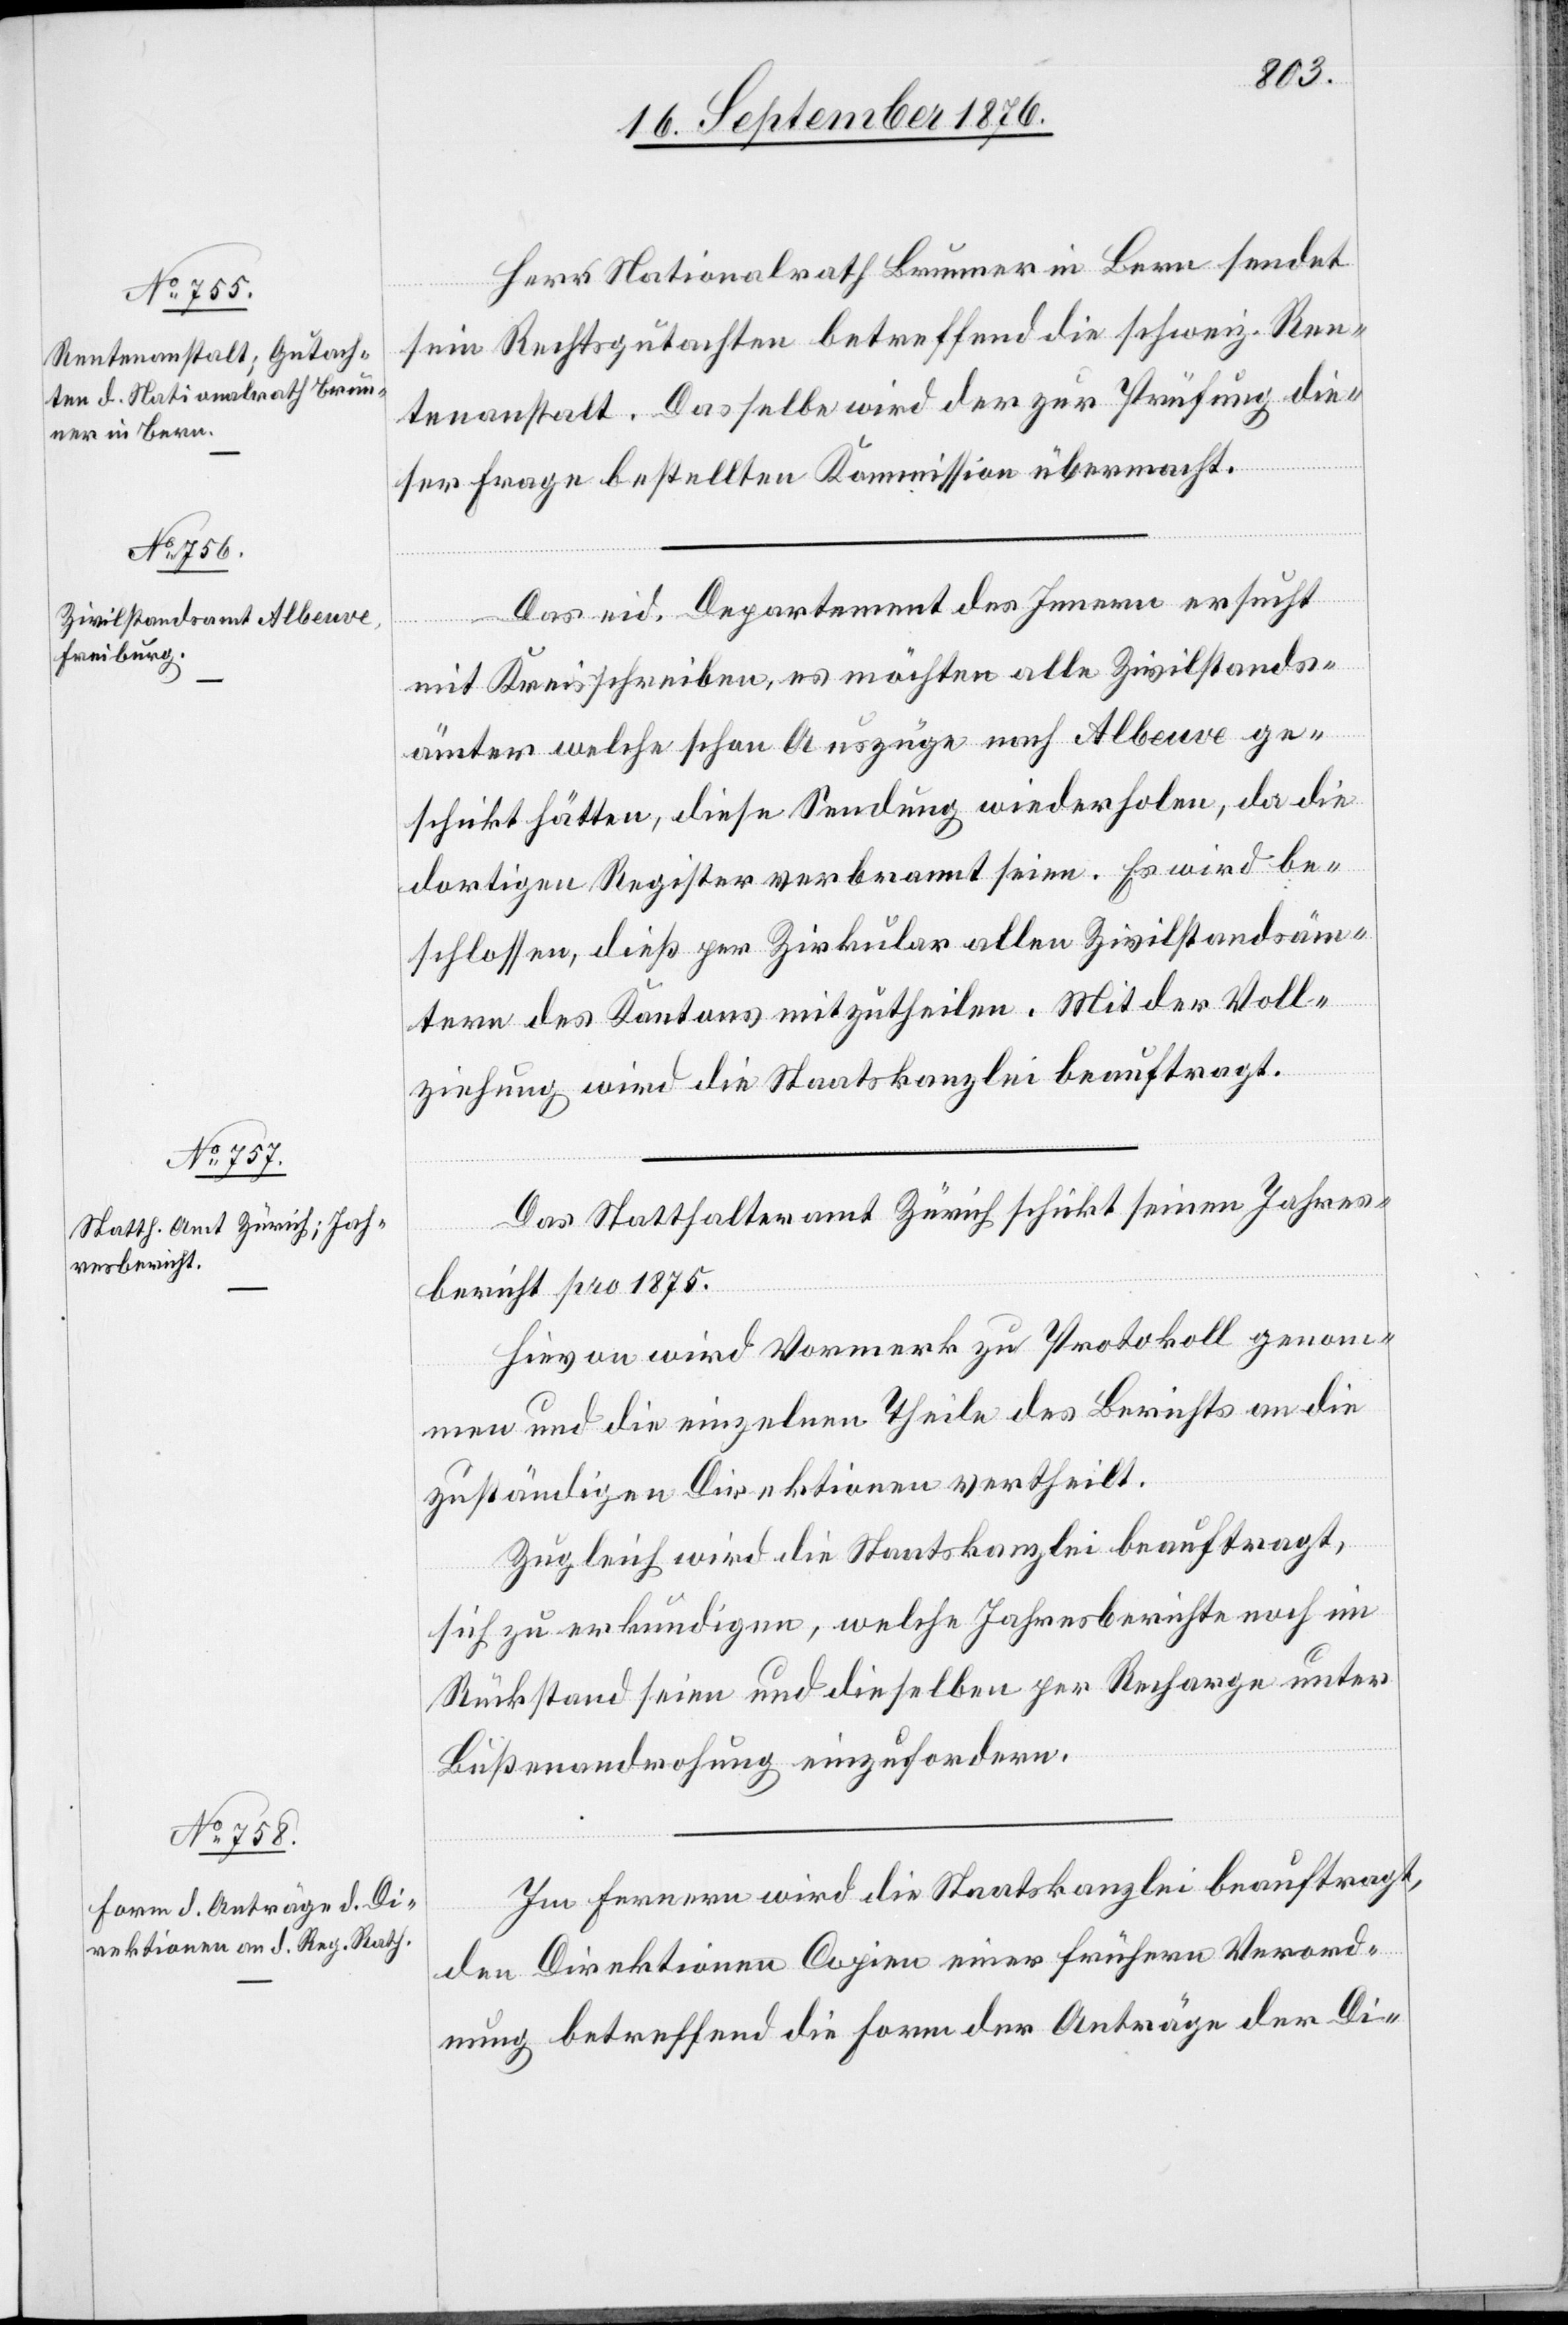
Herr Nationalrath Brunner in Bern sendet
sein Rechtsgutachten betreffend die schweiz. Ren¬
tenanstalt. Dasselbe wird der zur Prüfung die¬
ser Frage bestellten Kommission übermacht.
Das eid. Departement des Innern ersucht
mit Kreisschreiben, es möchten alle Zivilstands¬
ämter welche schon Auszüge nach Albeuve ge¬
schickt hätten, diese Sendung wiederholen, da die
dortigen Register verbrannt seien. Es wird be¬
schlossen, dieß per Zirkular allen Zivilstandsäm¬
tern des Kantons mitzutheilen. Mit der Voll¬
ziehung wird die Staatskanzlei beauftragt.
Das Statthalteramt Zürich schickt seinen Jahres¬
bericht pro 1875.
Hievon wird Vormerk am Protokoll genom¬
men und die einzelnen Theile des Berichts an die
zuständigen Direktionen vertheilt.
Zugleich wird die Staatskanzlei beauftragt,
sich zu erkundigen, welche Jahresberichte noch im
Rückstand seien und dieselben per Recharge unter
Bußandrohung einzufordern.
Im Fernern wird die Staatskanzlei beauftragt,
den Direktionen Copien einer frühern Verord¬
nung betreffend die Form der Anträge der Di-